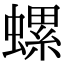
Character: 螺